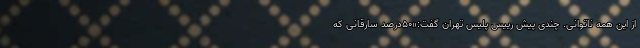
از این همه ناتوانی. چندی پیش رییس پلیس تهران گفت:«۵۰درصد سارقانی که